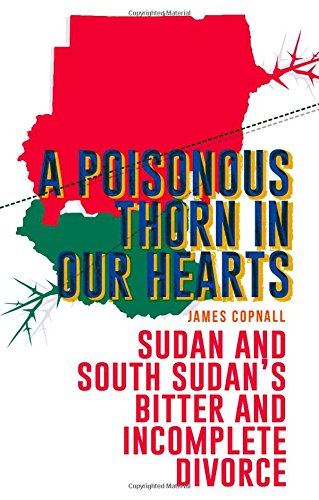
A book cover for A Poisonous Thorn in Our Hearts: Sudan and South Sudan's Bitter and Incomplete Divorce; James Copnall; History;